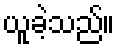
ယူခဲ့သည်။